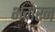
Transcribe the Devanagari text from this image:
भगेरन